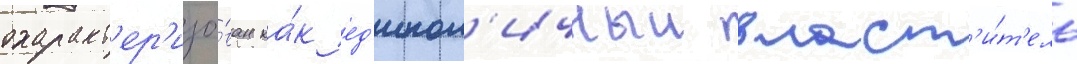
охаракт'ер'изо́ван ка́к ед'инол'ичныи власт'и́т'ель